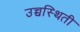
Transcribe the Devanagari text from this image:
उच्चस्थिती